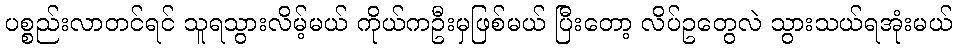
ပစ္စည်းလာတင်ရင် သူရသွားလိမ့်မယ် ကိုယ်ကဦးမှဖြစ်မယ် ပြီးတော့ လိပ်ဥတွေလဲ သွားသယ်ရအုံးမယ်